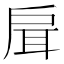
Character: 𢩇